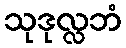
သုဒုလ္လဘံ